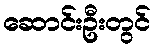
ဆောင်းဦးတွင်